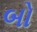
બો